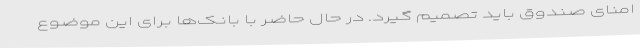
امنای صندوق باید تصمیم گیرد. در حال حاضر با بانک‌ها برای این موضوع